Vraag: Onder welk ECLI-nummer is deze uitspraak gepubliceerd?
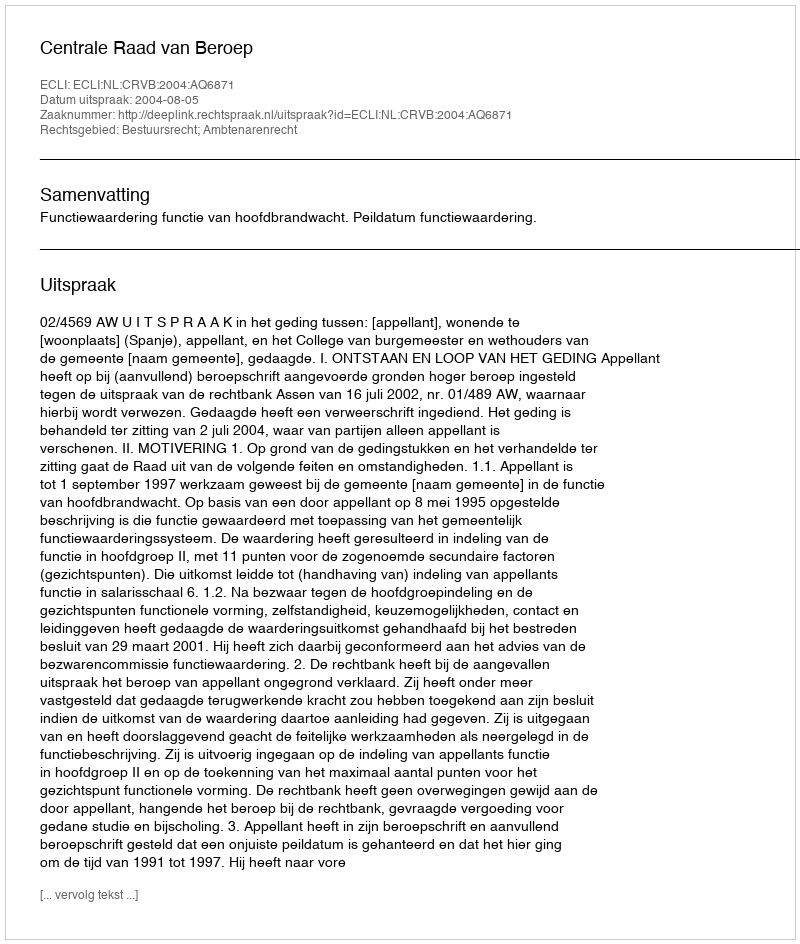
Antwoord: ECLI:NL:CRVB:2004:AQ6871